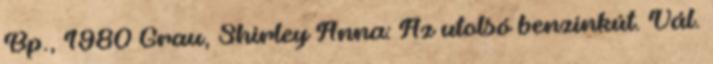
Bp., 1980 Grau, Shirley Anna: Az utolsó benzinkút. Vál.